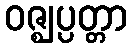
ဝဇ္ဈပ္ပတ္တာ